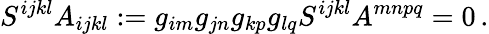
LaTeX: S^{ijkl}A_{ijkl}:=g_{im}g_{jn}g_{kp}g_{lq}S^{ijkl}A^{mnpq}=0\, .